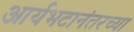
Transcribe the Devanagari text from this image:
आर्यभटानंतरच्या